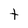
Character: t